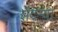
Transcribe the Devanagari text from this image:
शेंदर्‍या